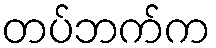
တပ်ဘက်က